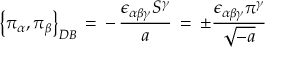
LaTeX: \left\{ \pi _ { \alpha } , \pi _ { \beta } \right\} _ { D B } \, = \, - \, \frac { \epsilon _ { \alpha \beta \gamma } S ^ { \gamma } } { a } \, = \, \pm \frac { \epsilon _ { \alpha \beta \gamma } \pi ^ { \gamma } } { \sqrt { - a } } \,